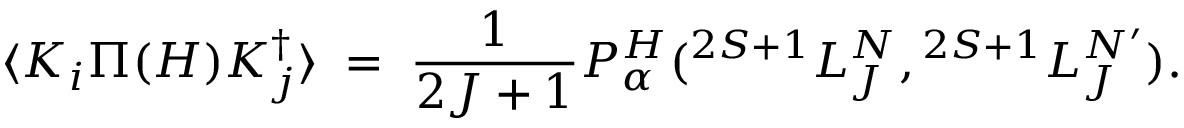
\langle { \cal K } _ { i } \Pi ( H ) { \cal K } _ { j } ^ { \dagger } \rangle \; = \; { \frac { 1 } { 2 J + 1 } } { \cal P } _ { \alpha } ^ { H } ( { } ^ { 2 S + 1 } L _ { J } ^ { N } , { } ^ { 2 S + 1 } L _ { J } ^ { N ^ { \prime } } ) .